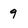
Character: 9